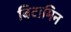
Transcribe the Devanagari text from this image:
बिटामिन